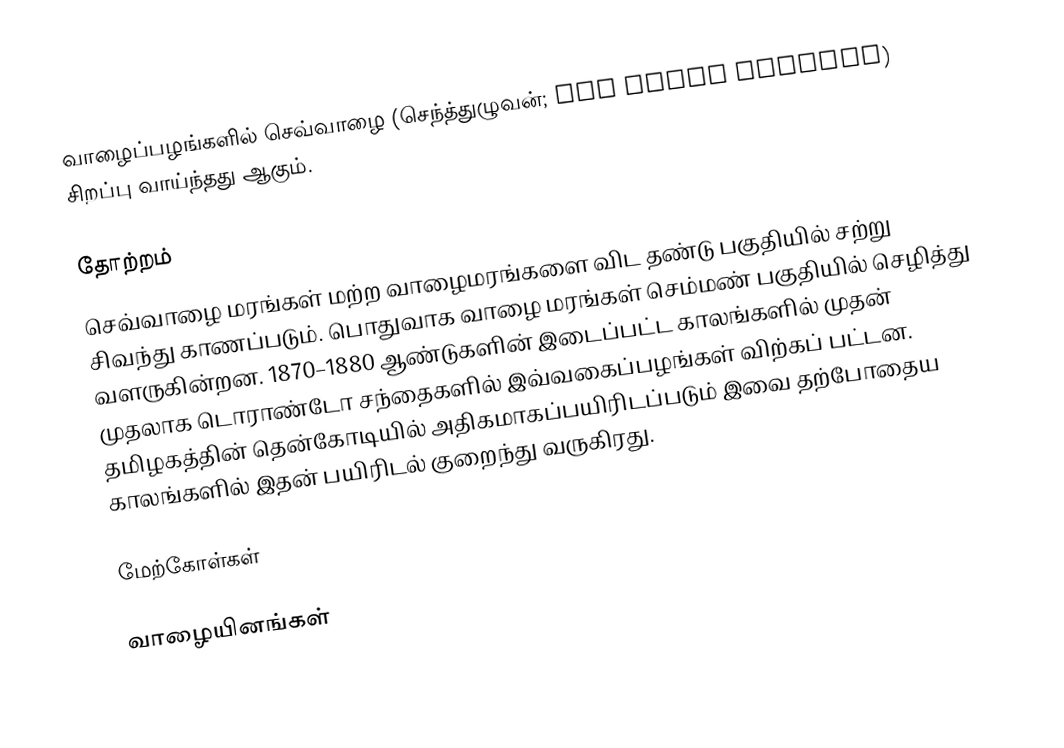
வாழைப்பழங்களில் செவ்வாழை (செந்த்துழுவன்; Red Dacca bananas) சிறப்பு வாய்ந்தது ஆகும்.

தோற்றம்
செவ்வாழை மரங்கள் மற்ற வாழைமரங்களை விட தண்டு பகுதியில் சற்று சிவந்து காணப்படும். பொதுவாக வாழை மரங்கள் செம்மண் பகுதியில் செழித்து வளருகின்றன. 1870–1880  ஆண்டுகளின்  இடைப்பட்ட காலங்களில் முதன் முதலாக டொராண்டோ சந்தைகளில் இவ்வகைப்பழங்கள் விற்கப் பட்டன. தமிழகத்தின் தென்கோடியில் அதிகமாகப்பயிரிடப்படும் இவை தற்போதைய காலங்களில் இதன் பயிரிடல் குறைந்து வருகிரது.

மேற்கோள்கள்

வாழையினங்கள்